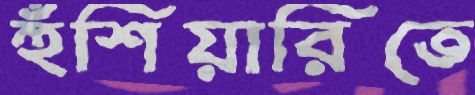
হুঁশিয়ারিতে